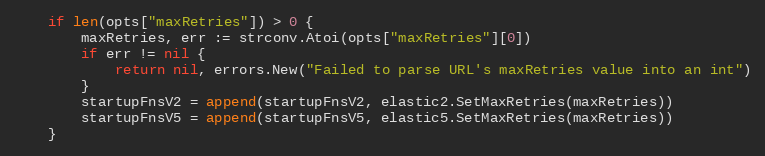
Language: Go
	if len(opts["maxRetries"]) > 0 {
		maxRetries, err := strconv.Atoi(opts["maxRetries"][0])
		if err != nil {
			return nil, errors.New("Failed to parse URL's maxRetries value into an int")
		}
		startupFnsV2 = append(startupFnsV2, elastic2.SetMaxRetries(maxRetries))
		startupFnsV5 = append(startupFnsV5, elastic5.SetMaxRetries(maxRetries))
	}